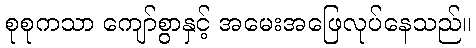
စုစုကသာ ကျော်စွာနှင့် အမေးအဖြေလုပ်နေသည်။